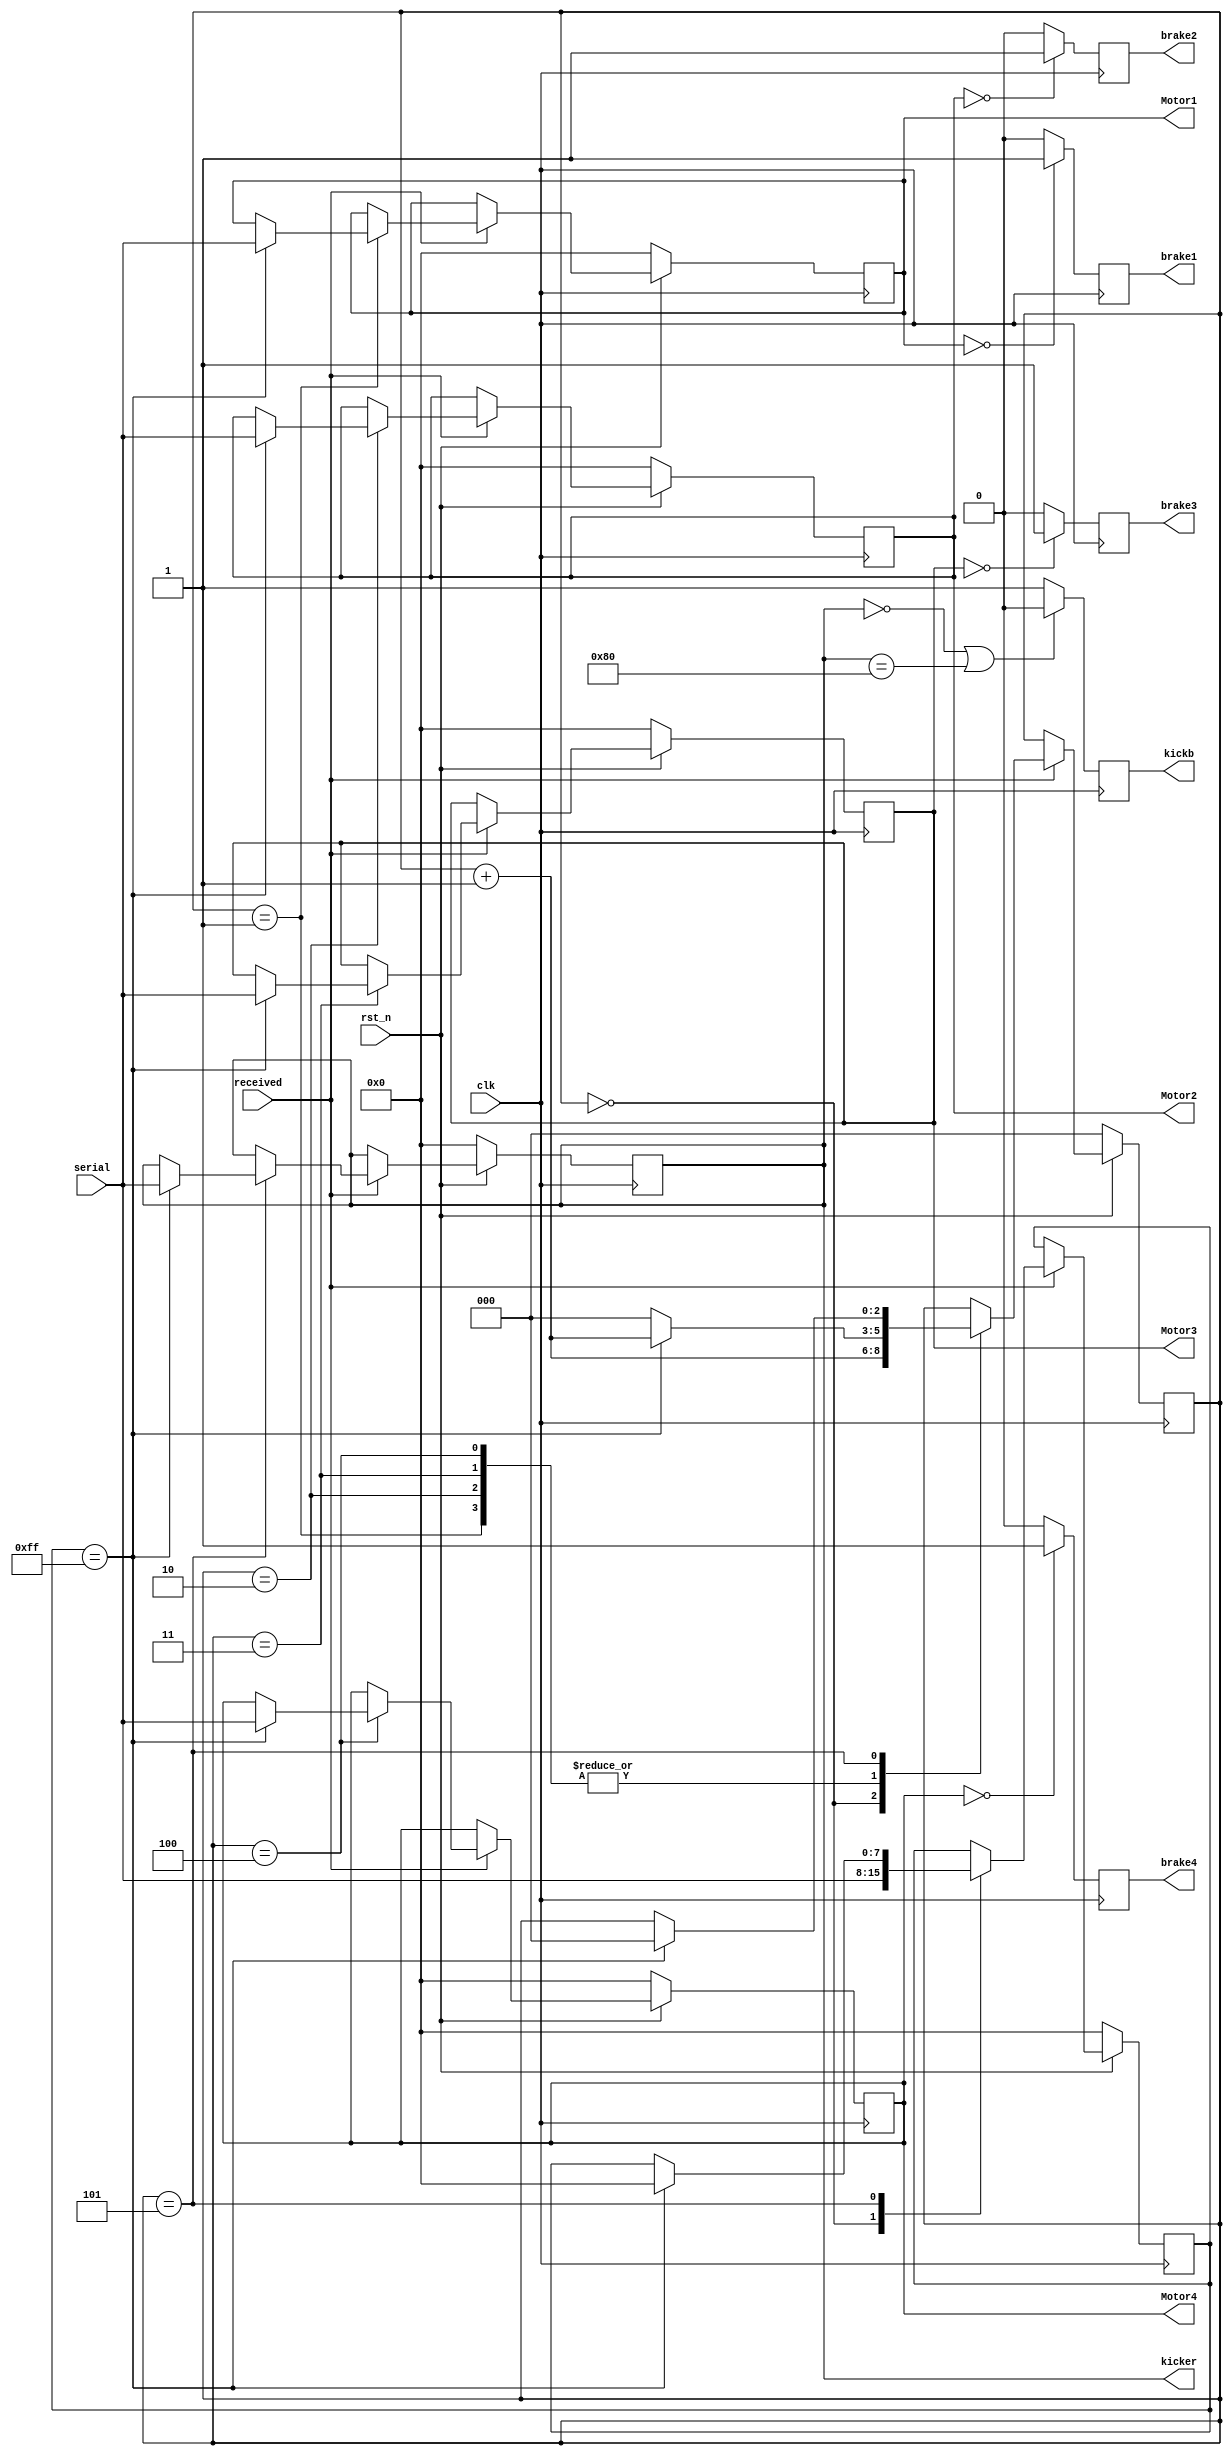
`timescale 1ns / 1ps
//////////////////////////////////////////////////////////////////////////////////
// 1 motor1
// 2 motor2
// 3 motor3
// 4 motor4
//////////////////////////////////////////////////////////////////////////////////
module speed4( serial, received, clk, rst_n, Motor1, Motor2, Motor3, Motor4 , brake1, brake2, brake3, brake4, kicker,kickb);

input clk;
input rst_n;
input received;
input wire [7 : 0] serial;
output  [7 : 0] Motor1 ;
output  [7 : 0] Motor2 ;
output  [7 : 0] Motor3 ;
output  [7 : 0] Motor4 ;
output  [7 : 0] kicker ;
output brake1;
output brake2;
output brake3;
output brake4;
output kickb;

reg  [7 : 0] motor1 ;
reg  [7 : 0] motor2 ;
reg  [7 : 0] motor3 ;
reg  [7 : 0] motor4 ;
reg BRAKE1;
reg BRAKE2;
reg BRAKE3;
reg BRAKE4;
reg kickB;
reg [7 : 0] KICKER;
reg [7:0]key;
reg [2 : 0] count=3'b000;
//reg [1 : 0] delayed_count;

always @ (posedge clk)
	begin
	if (!rst_n)	begin
		motor1 <= 0;
		motor2 <= 0;
		motor3 <= 0;
		motor4 <= 0;
		KICKER <=0;
		count <=0;
		key<=0;
		kickB <=0;
		end
		
		
		
	else	if(received)	begin
			

			case (count)
			   3'b000 : begin key <= serial;	count <= count + 1;	end		
				3'b001 : if(key == 8'b11111111) begin motor1 <= serial  ;count <= count + 1;end else begin count <=0;end
				3'b010 : if(key == 8'b11111111) begin motor2 <= serial ;count <= count + 1;end else begin count <=0;end
				3'b011 : if(key == 8'b11111111) begin motor3 <= serial ;count <= count + 1;end else begin count <=0;end
				3'b100 : if(key == 8'b11111111) begin motor4 <= serial ;count <= count + 1; end else begin count <=0;end
		      3'b101 : if(key == 8'b11111111) begin KICKER <=serial ; key<=8'b00000000; count <=0;end
			endcase
			end
			
			
			
			
		if((motor1==8'b00000000)) begin
     BRAKE1<=1;	
       end
	  else begin
	  BRAKE1<=0;	
    	 	  end
			  if((motor2==8'b00000000)) begin
     BRAKE2<=1;	
       end
	  else begin
	  BRAKE2<=0;	
    	 	  end
			  if((motor3==8'b00000000)) begin
     BRAKE3<=1;	
       end
	  else begin
	  BRAKE3<=0;	
    	 	  end
			  if((motor4==8'b00000000)) begin
     BRAKE4<=1;	
       end
	  else begin
	  BRAKE4<=0;	
    	 	  end
		    if( KICKER ==8'b00000000|KICKER ==8'b10000000) begin
			  kickB <= 0;
			  end
			  else kickB <=1;
			  
	end
assign Motor1 = motor1;
assign Motor2 = motor2;
assign Motor3 = motor3;
assign Motor4 = motor4;
assign kicker =KICKER;
assign brake1 =BRAKE1;
assign brake2 =BRAKE2;
assign brake3 =BRAKE3;
assign brake4 =BRAKE4;
assign kickb =kickB;
endmodule